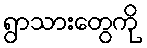
ရွာသားတွေကို